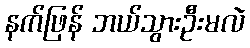
နက်ဖြန် ဘယ်သွားဦးမလဲ